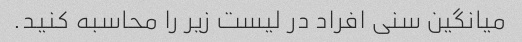
میانگین سنی افراد در لیست زیر را محاسبه کنید.